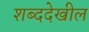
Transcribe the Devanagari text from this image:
शब्ददेखील